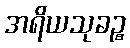
အရိယသုခဉ္စ